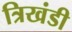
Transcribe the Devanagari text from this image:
त्रिखंडी